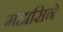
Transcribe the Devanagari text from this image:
महासिने